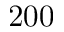
2 0 0